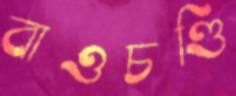
বাওচণ্ডি